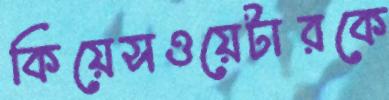
কিয়েসওয়েটারকে